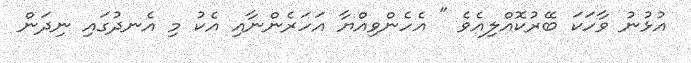
އުޅުނު ވާހަކަ ބޭރުކޮއްލިއެވެ " އެހެންވިއްޔާ އަހަރެންނާއި އެކު މި އެނދުގައި ނިދަން